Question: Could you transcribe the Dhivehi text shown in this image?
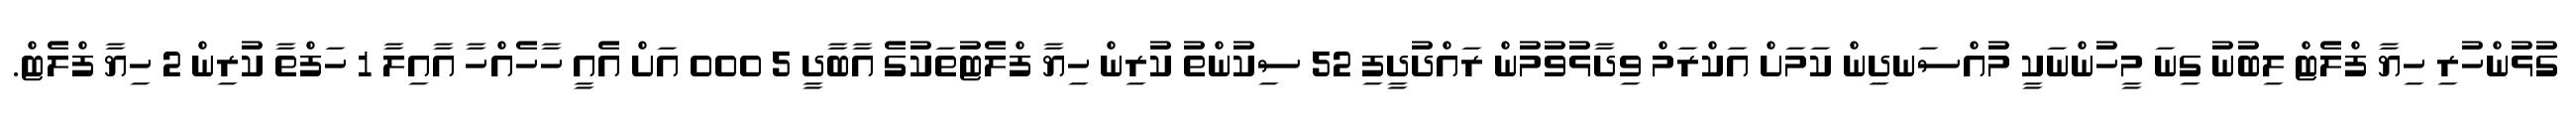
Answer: ގުޅުންހުރި ހިޔާ ފްލެޓް ލިބުނު ގިނަ މީހުންނަކީ މުއްސަނދިން ކަމަށް އަކްރަމް ވިދާޅުވުމުން ރައްދުދީފި 52 ސިކުންތު ކުރިން ހިޔާ ފްލެޓުތަކުގެ އާބާދީ 5 000 އަށް އެއީ ހާހެއްހާ އާއިލާ 1 ހަފްތާ ކުރިން 2 ހިޔާ ފްލެޓް.